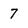
Character: 7